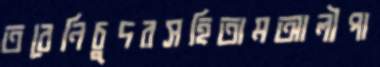
তবেনিচুদরসহিতামআলীপা